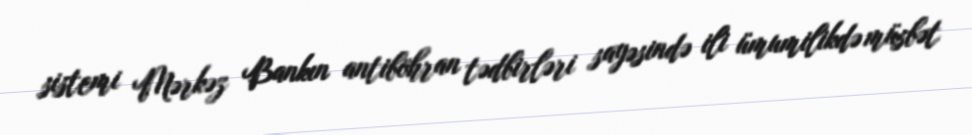
sistemi Mərkəz Bankın antiböhran tədbirləri sayəsində ili ümumilikdə müsbət